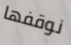
نوقفها